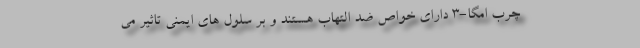
چرب امگا-3 دارای خواص ضد التهاب هستند و بر سلول های ایمنی تاثیر می